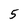
Character: 5